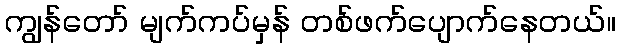
ကျွန်တော် မျက်ကပ်မှန် တစ်ဖက်ပျောက်နေတယ်။